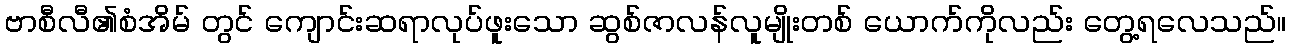
ဗာစီလီ၏စံအိမ် တွင် ကျောင်းဆရာလုပ်ဖူးသော ဆွစ်ဇာလန်လူမျိုးတစ် ယောက်ကိုလည်း တွေ့ရလေသည်။